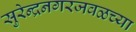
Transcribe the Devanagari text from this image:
सुरेन्द्रनगरजवळच्या